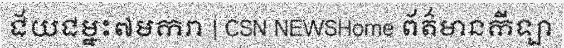
ជ័យជម្នះ៧មករា | CSN NEWSHome ព័ត៌មានកីឡា